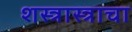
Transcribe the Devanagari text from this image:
शस्त्रास्त्राचा